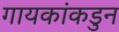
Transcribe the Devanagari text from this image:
गायकांकडुन